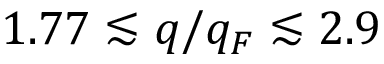
1 . 7 7 \lesssim q / q _ { F } \lesssim 2 . 9